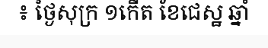
៖ ថ្ងៃសុក្រ ១កើត ខែជេស្ឋ ឆ្នាំ